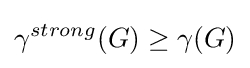
\gamma ^{strong}(G)\geq \gamma (G)